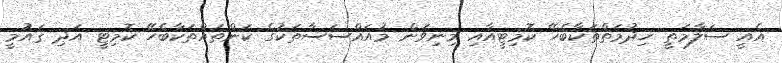
އެއީ ސަލާމަތީ ޚިދުމަތްތަކާބެހޭ ކޮމިޓީއާއި މިނިވަން މުއައްސަސާތަކުގެ ކަންތައްތަކާބެހޭ ކޮމިޓީ އަދި ޤައުމީ